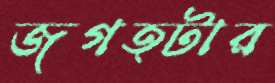
জগত্টার